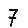
Digit: 7